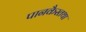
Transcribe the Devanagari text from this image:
पानकैस्तथा